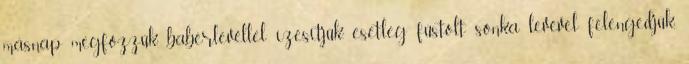
másnap megfőzzük, babérlevéllel ízesítjük, esetleg füstölt sonka levével felengedjük,